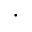
\cdot